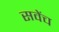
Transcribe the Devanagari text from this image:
सवेंच